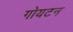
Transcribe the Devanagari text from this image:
गोयटन